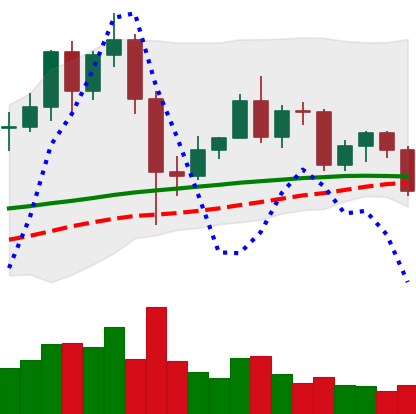
Ticker: LINK-USD
Chart end date: 2020-12-08
Forward return: 6.488%
Label: up_5_7